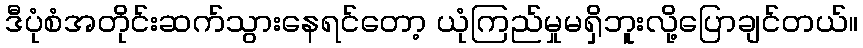
ဒီပုံစံအတိုင်းဆက်သွားနေရင်တော့ ယုံကြည်မှုမရှိဘူးလို့ပြောချင်တယ်။